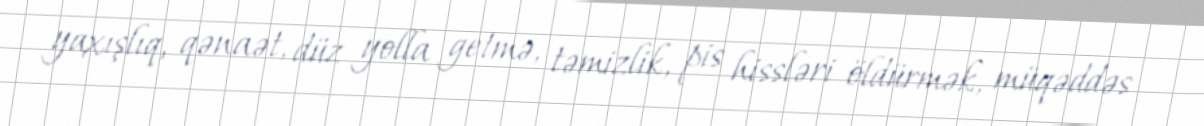
yaxışlıq, qənaət, düz yolla getmə, təmizlik, pis hissləri öldürmək, müqəddəs